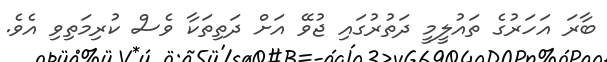
ބާރަ އަހަރުގެ ތައުލީމީ ދަތުރުގައި ޖުވޭ އަށް ދަތިތަކާ ވެސް ކުރިމަތިވި އެވެ.